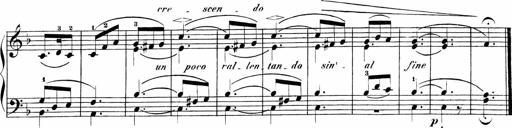
Title: Sonatinen Op.47, 98 und 136, nebst 6 Liedersonatinen
Composer: Carl Reinecke